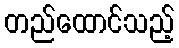
တည်ထောင်သည့်